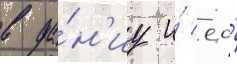
в да́н'иу и́ ео́